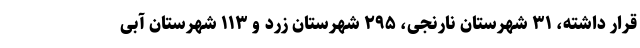
قرار داشته، ۳۱ شهرستان نارنجی، ۲۹۵ شهرستان زرد و ۱۱۳ شهرستان آبی